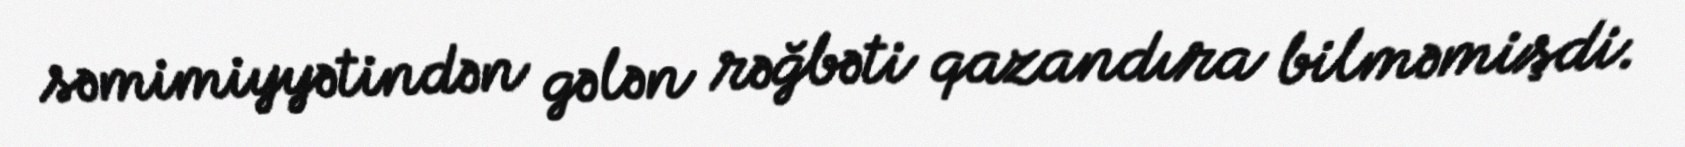
səmimiyyətindən gələn rəğbəti qazandıra bilməmişdi.